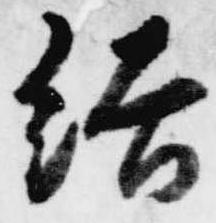
結